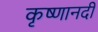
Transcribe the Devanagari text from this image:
कृष्णानदी